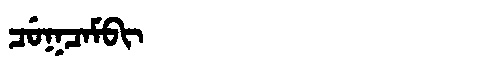
Manchu: ᠴᡠᡴᠴᠠᠮᠪᡳ
Romanization: CUKCAMBI